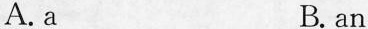
A.a B.an